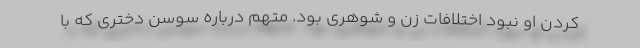
کردن او نبود اختلافات زن و شوهری بود. متهم درباره سوسن دختری که با